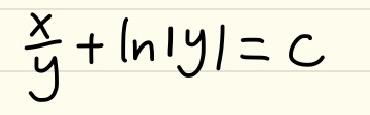
$\frac{x}{y}+\ln|y| = c$